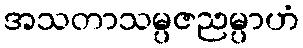
အသတာသမ္ပဇညမ္ပာဟံ